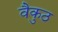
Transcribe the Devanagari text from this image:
वैकुठ